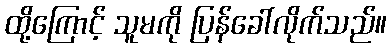
ထို့ကြောင့် သူမကို ပြန်ခေါ်လိုက်သည်။